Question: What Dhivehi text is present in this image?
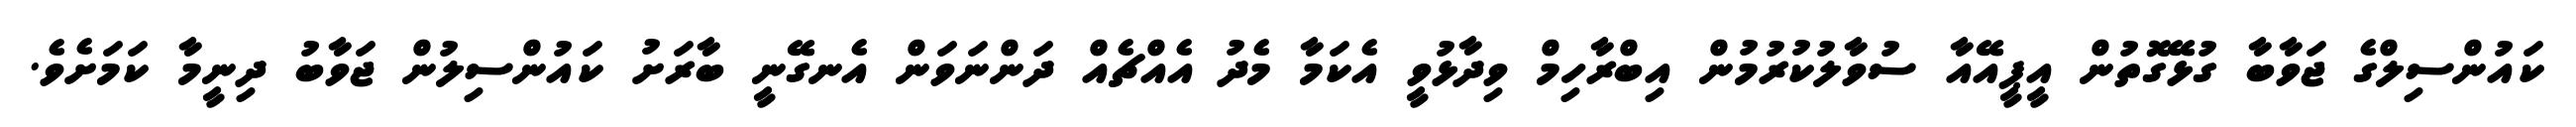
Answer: ކައުންސިލްގެ ޖަވާބާ ގުޅޭގޮތުން އީޕީއޭއާ ސުވާލުކުރުމުން އިބްރާހިމް ވިދާޅުވީ އެކަމާ މެދު އެއްޗެއް ދަންނަވަން އެނގޭނީ ބާރަށު ކައުންސިލުން ޖަވާބު ދިނީމާ ކަމަށެވެ.